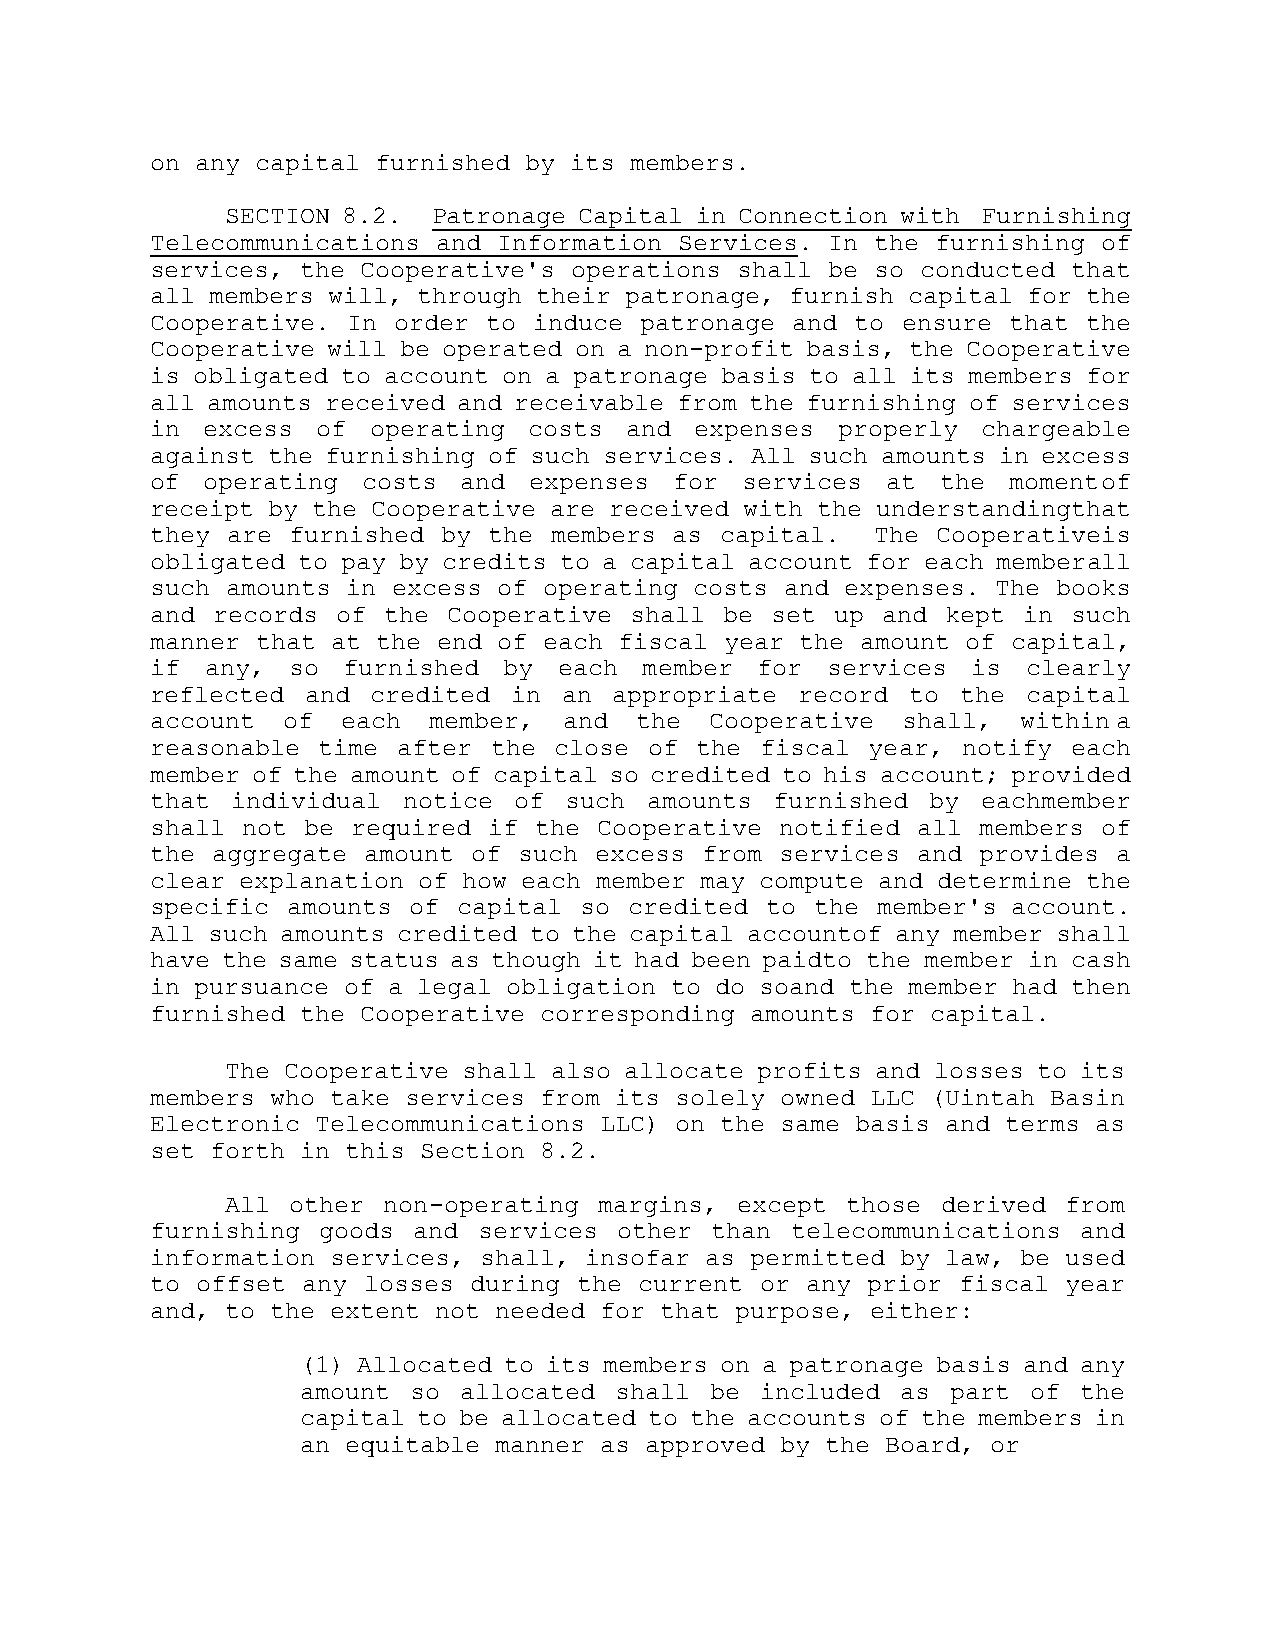
on any capital furnished by its members.
 SECTION 8.2.  Patronage Capital in Connection with Furnishing
 Telecommunications and Information Services. In the furnishing of
 services, the Cooperative's operations shall be so conducted that
 all members will, through their patronage, furnish capital for the
 Cooperative. In order to induce patronage and  to ensure that the
 Cooperative will be operated on a non-profit basis, the Cooperative
 is obligated to account on a patronage basis to all its members for
 all amounts received and receivable from the furnishing of services
 in excess  of operating  costs and  expenses properly  chargeable
 against the furnishing of such services. All such amounts in excess
 of operating  costs  and expenses  for services  at the  moment of
 receipt by the Cooperative are received with the understanding that
 they are furnished by the members  as capital.  The Cooperative is
 obligated to pay by credits to a capital account for each member all
 such amounts in excess of operating costs and expenses. The books
 and records of the  Cooperative shall be set up and  kept in such
 manner that at the end of each fiscal year the amount of capital,
 if  any, so  furnished by  each  member for  services is  clearly
 reflected and  credited in an  appropriate record to  the capital
 account  of  each member,  and  the  Cooperative  shall,  within a
 reasonable time after the  close of the fiscal year,  notify each
 member of the amount of capital so credited to his account; provided
 that individual  notice of such  amounts furnished  by each member
 shall not be required if the  Cooperative notified all members of
 the aggregate amount of such excess  from services and provides a
 clear explanation of how each member may compute and determine the
 specific amounts of capital so  credited to the member's account.
 All such amounts credited to the capital account of any member shall
 have the same status as though it had been paid to the member in cash
 in pursuance of a legal obligation to do so and the member had then
 furnished the Cooperative corresponding amounts for capital.
 The Cooperative shall also allocate profits and losses to its
 members who take services from its solely owned LLC (Uintah Basin
 Electronic Telecommunications LLC) on the same basis and terms as
 set forth in this Section 8.2.
 All other non-operating  margins, except those derived  from
 furnishing goods and  services other than telecommunications and
 information services, shall, insofar as permitted by law, be used
 to offset any losses during the current or any prior fiscal  year
 and, to the extent not needed for that purpose, either:
 (1) Allocated to its members on a patronage basis and any
 amount so allocated  shall be included  as part of  the
 capital to be allocated to the accounts of the members in
 an equitable manner as approved by the Board, or